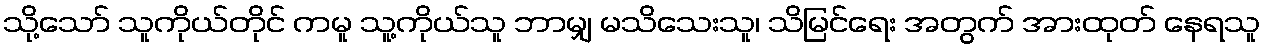
သို့သော် သူကိုယ်တိုင် ကမူ သူ့ကိုယ်သူ ဘာမျှ မသိသေးသူ၊ သိမြင်ရေး အတွက် အားထုတ် နေရသူ